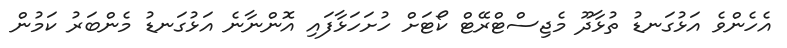
އެހެންވެ އަޅުގަނޑު ތުޅާދޫ މެޖިސްޓްރޭޓް ކޯޓަށް ހުށަހަޅާފައި އޮންނާނެ އަޅުގަނޑު މެންބަރު ކަމުން